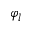
\varphi _ { l }